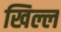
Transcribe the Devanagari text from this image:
खिल्ल